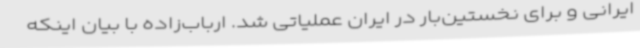
ایرانی و برای نخستین‌بار در ایران عملیاتی شد. ارباب‌زاده با بیان اینکه